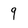
Character: 9